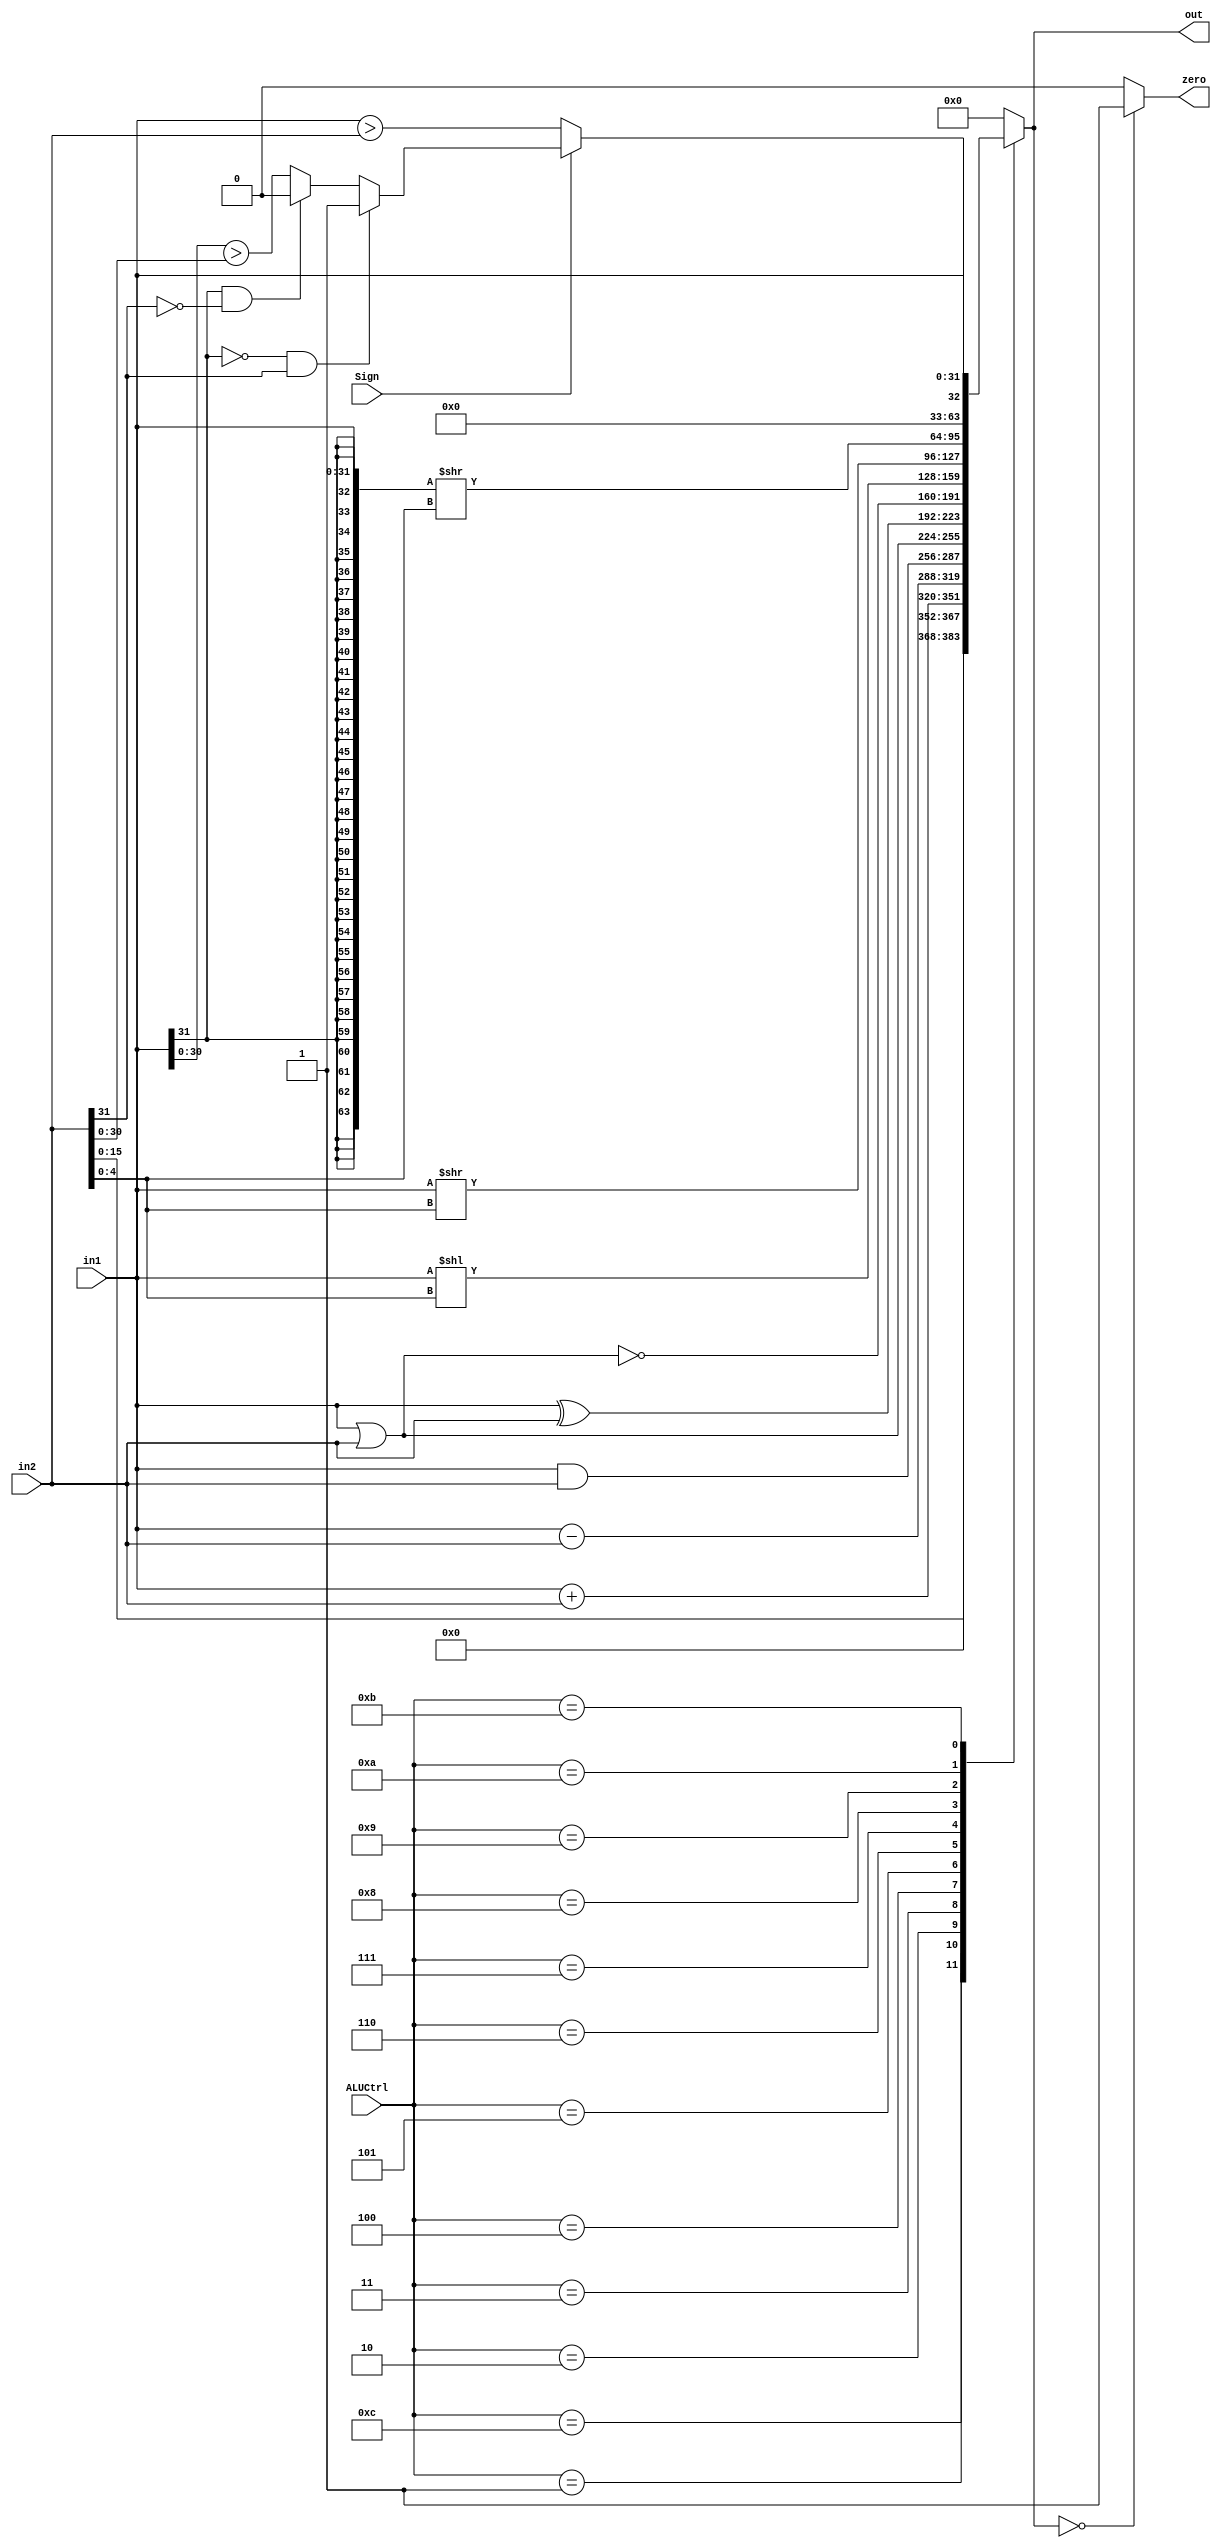
`timescale 1ns / 1ps
module ALU(
    input [31:0]in1,
    input [31:0]in2,
    input Sign,
    input [4:0]ALUCtrl,
    output reg [31:0]out,
    output wire zero
);
parameter null=5'b0;
parameter add=5'b00001;
parameter sub=5'b00010;
parameter And=5'b00011;
parameter Or=5'b00100;
parameter Xor=5'b00101;
parameter Nor=5'b00110;
parameter sll=5'b00111;
parameter srl=5'b01000;
parameter sra=5'b01001;
parameter slt=5'b01010;
parameter jr=5'b01011;
parameter lui=5'b01100;
    
    assign zero = (out == 31'd0)? 1:0;
    always @(*) begin
    case(ALUCtrl)
        lui: out <= {in2[15:0],16'd0}; //16
        add: out <= in1 + in2;
        sub: out <= in1 - in2;
        And: out <= in1 & in2;
        Or: out <= in1 | in2;
        Xor: out <= in1 ^ in2;
        Nor: out <= ~(in1 | in2);
        sll: out <= (in1 << (in2[4:0]));
        srl: out <= (in1 >> (in2[4:0]));
        sra: out <= ({{32{in1[31]}},in1} >> (in2[4:0]));
        slt: begin 
            if(Sign) 
            begin 
                if((!in1[31]) & in2[31]) 
                    out <= 32'd1; 
                else if( in1[31] & (!in2[31])) 
                    out <= 32'd0;
                else    out <= {31'd0, (in1[30:0] > in2[30:0])};
            end
            else begin 
                out <= {31'd0, (in1>in2)};
            end
            end
        jr: out <= in1; 
        default: out <= 32'd0;
    endcase
    end
endmodule